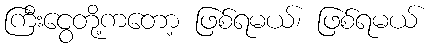
ကြီးငွေတို့ကတော့ ဖြစ်ရမယ်၊ ဖြစ်ရမယ်